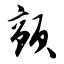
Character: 颤